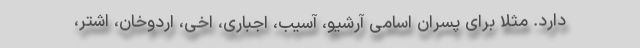
دارد. مثلا برای پسران اسامی آرشیو، آسیب، اجباری، اخی، اردوخان، اشتر،